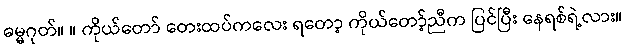
ဓမ္မဂုတ်။ ။ ကိုယ်တော် တေးထပ်ကလေး ရတော့ ကိုယ်တော့်ညီက ပြင်ပြီး နေရစ်ရဲ့လား။